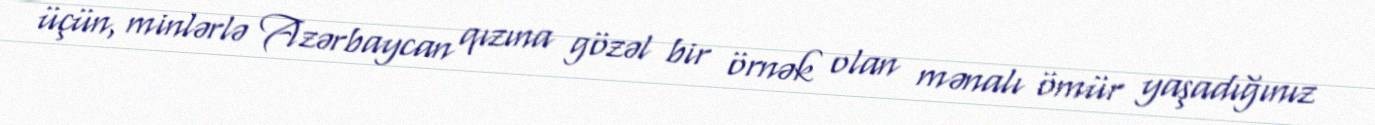
üçün, minlərlə Azərbaycan qızına gözəl bir örnək olan mənalı ömür yaşadığınız